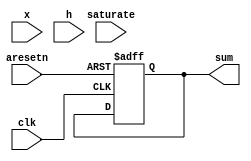
module multiply_add(
  clk,
  aresetn,

  x,
  h,

  saturate,

  sum
);

  parameter KERNEL_LEN = 8;
  parameter I_OPP_W = 8;
  parameter O_OPP_W = 8;

  input clk;
  input aresetn;

  input [I_OPP_W * KERNEL_LEN - 1:0] x;
  input [I_OPP_W * KERNEL_LEN - 1:0] h;

  input saturate;

  output reg [O_OPP_W - 1:0] sum;

  always@(posedge clk, negedge aresetn) begin
    if(aresetn == 0) begin
      sum <= 0;
    end else begin

    end
  end

endmodule